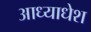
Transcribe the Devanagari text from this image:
आध्याधेश